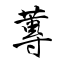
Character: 蓴